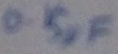
Text: 0.15µF